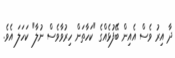
ދާ އިރު ވެސް އެއިން ބޭފުޅެއްގެ "ކަހާތަން ހިރުވާވެސް ނުލާ" ކަހަލަ އެވެ.